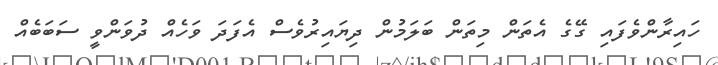
ހައިރާންވެފައި ގޭގެ އެތަން މިތަން ބަލަމުން ދިޔައިރުވެސް އެފަދަ ވަހެއް ދުވަންވީ ސަބަބެއް